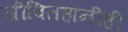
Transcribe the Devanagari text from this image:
जीवितहानीही